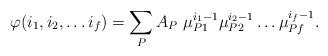
LaTeX: \begin{align*}\varphi(i_1,i_2,\dots i_f) = \sum_P A_P\ \mu_{P1}^{i_1-1}\mu_{P2}^{i_2-1}\dots \mu_{Pf}^{i_f-1}. \end{align*}